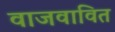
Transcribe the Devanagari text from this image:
वाजवावित